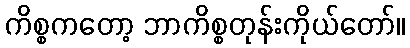
ကိစ္စကတော့ ဘာကိစ္စတုန်းကိုယ်တော်။